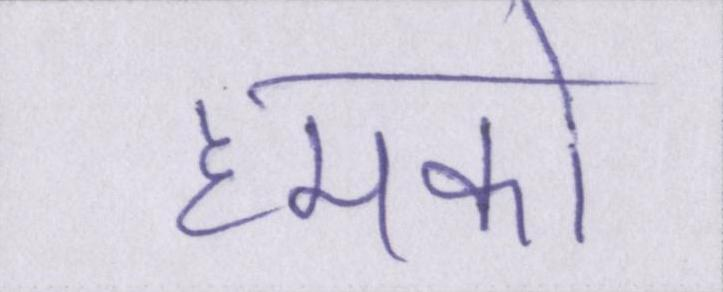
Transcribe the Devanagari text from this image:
हमको